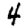
Digit: 4